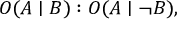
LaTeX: O ( A \mid B ) : O ( A \mid \neg B ) ,